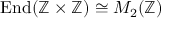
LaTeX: \operatorname { E n d } ( \mathbb { Z } \times \mathbb { Z } ) \cong M _ { 2 } ( \mathbb { Z } )